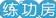
练功房